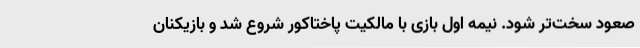
صعود سخت‌تر شود. نیمه اول بازی با مالکیت پاختاکور شروع شد و بازیکنان